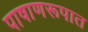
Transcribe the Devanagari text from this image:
पाषाणरूपात